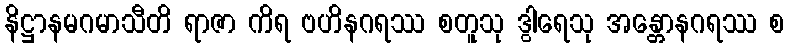
နိဋ္ဌာနမဂမာသီတိ ရာဇာ ကိရ ဗဟိနဂရဿ စတူသု ဒွါရေသု အန္တောနဂရဿ စ